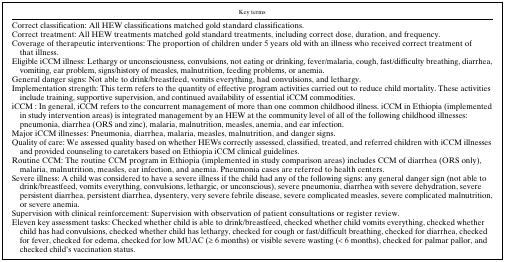
<table><thead><tr><td><b>Key terms</b></td></tr></thead><tbody><tr><td>Correct classification: All HEW classifications matched gold standard classifications.</td></tr><tr><td>Correct treatment: All HEW treatments matched gold standard treatments, including correct dose, duration, and frequency.</td></tr><tr><td>Coverage of therapeutic interventions: The proportion of children under 5 years old with an illness who received correct treatment of that illness.</td></tr><tr><td>Eligible iCCM illness: Lethargy or unconsciousness, convulsions, not eating or drinking, fever/malaria, cough, fast/difficulty breathing, diarrhea, vomiting, ear problem, signs/history of measles, malnutrition, feeding problems, or anemia.</td></tr><tr><td>General danger signs: Not able to drink/breastfeed, vomits everything, had convulsions, and lethargy.</td></tr><tr><td>Implementation strength: This term refers to the quantity of effective program activities carried out to reduce child mortality. These activities include training, supportive supervision, and continued availability of essential iCCM commodities.</td></tr><tr><td>iCCM : In general, iCCM refers to the concurrent management of more than one common childhood illness. iCCM in Ethiopia (implemented in study intervention areas) is integrated management by an HEW at the community level of all of the following childhood illnesses: pneumonia, diarrhea (ORS and zinc), malaria, malnutrition, measles, anemia, and ear infection.</td></tr><tr><td>Major iCCM illnesses: Pneumonia, diarrhea, malaria, measles, malnutrition, and danger signs.</td></tr><tr><td>Quality of care: We assessed quality based on whether HEWs correctly assessed, classified, treated, and referred children with iCCM illnesses and provided counseling to caretakers based on Ethiopia iCCM clinical guidelines.</td></tr><tr><td>Routine CCM: The routine CCM program in Ethiopia (implemented in study comparison areas) includes CCM of diarrhea (ORS only), malaria, malnutrition, measles, ear infection, and anemia. Pneumonia cases are referred to health centers.</td></tr><tr><td>Severe illness: A child was considered to have a severe illness if the child had any of the following signs: any general danger sign (not able to drink/breastfeed, vomits everything, convulsions, lethargic, or unconscious), severe pneumonia, diarrhea with severe dehydration, severe persistent diarrhea, persistent diarrhea, dysentery, very severe febrile disease, severe complicated measles, severe complicated malnutrition, or severe anemia.</td></tr><tr><td>Supervision with clinical reinforcement: Supervision with observation of patient consultations or register review.</td></tr><tr><td>Eleven key assessment tasks: Checked whether child is able to drink/breastfeed, checked whether child vomits everything, checked whether child has had convulsions, checked whether child has lethargy, checked for cough or fast/difficult breathing, checked for diarrhea, checked for fever, checked for edema, checked for low MUAC (≥ 6 months) or visible severe wasting (&lt; 6 months), checked for palmar pallor, and checked child&#x27;s vaccination status.</td></tr></tbody></table>